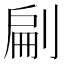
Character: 㓲